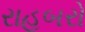
રાહબરો